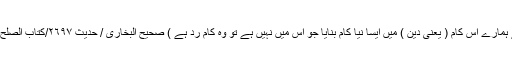
جِس نے ہمارے اِس کام ( یعنی دِین ) میں ایسا نیا کام بنایا جو اِس میں نہیں ہے تو وہ کام رد ہے ) صحیح البخُاری / حدیث ٢٦٩٧/کتاب الصلح /باب ٥۔